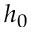
h _ { 0 }